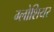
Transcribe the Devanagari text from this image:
ग्लोशियर